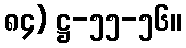
၈၄) ဋ္ဌ-၅၅-၅၆။